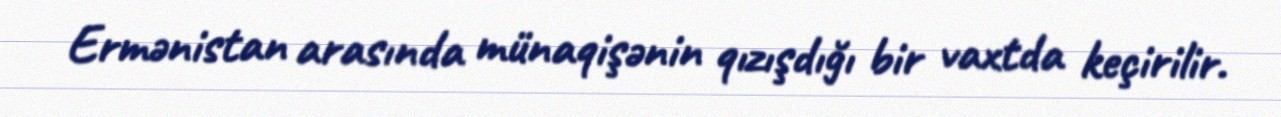
Ermənistan arasında münaqişənin qızışdığı bir vaxtda keçirilir.